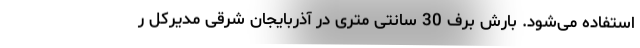
استفاده می‌شود. بارش برف 30 سانتی متری در آذربایجان شرقی مدیرکل ر